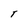
Character: T